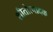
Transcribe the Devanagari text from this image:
शीतोत्पादक